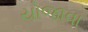
યોજાવા